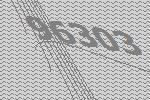
96303